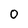
Character: 0